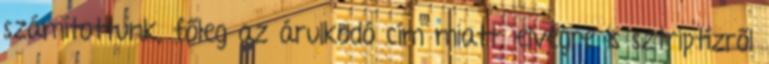
számítottunk, főleg az árulkodó cím miatt, elvégre is sztriptízről